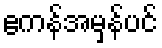
ဧကန်အမှန်ပင်